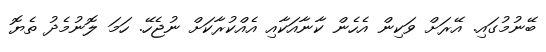
ބޭނުމުގައި. އޭރަށް ވަކިން އެހެން ކާނާއަކާއި އެއްކުރާކަށް ނުޖެހޭ. ހަމަ ލޮނުމެދު ތެޔޮ